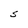
Character: S